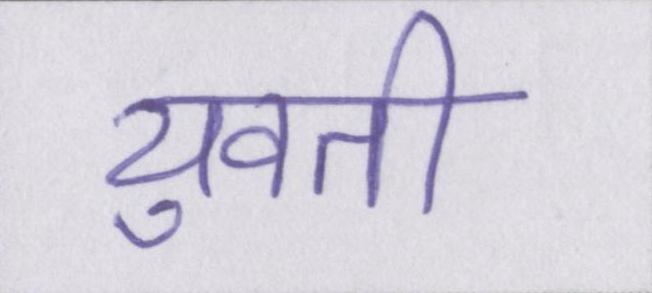
युवती